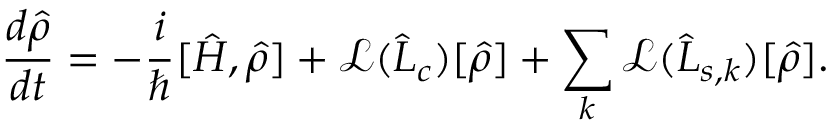
\frac { d \hat { \rho } } { d t } = - \frac { i } { \hbar } [ \hat { H } , \hat { \rho } ] + \mathcal { L } ( \hat { L } _ { c } ) [ \hat { \rho } ] + \sum _ { k } \mathcal { L } ( \hat { L } _ { s , k } ) [ \hat { \rho } ] .